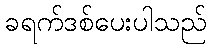
ခရက်ဒစ်ပေးပါသည်